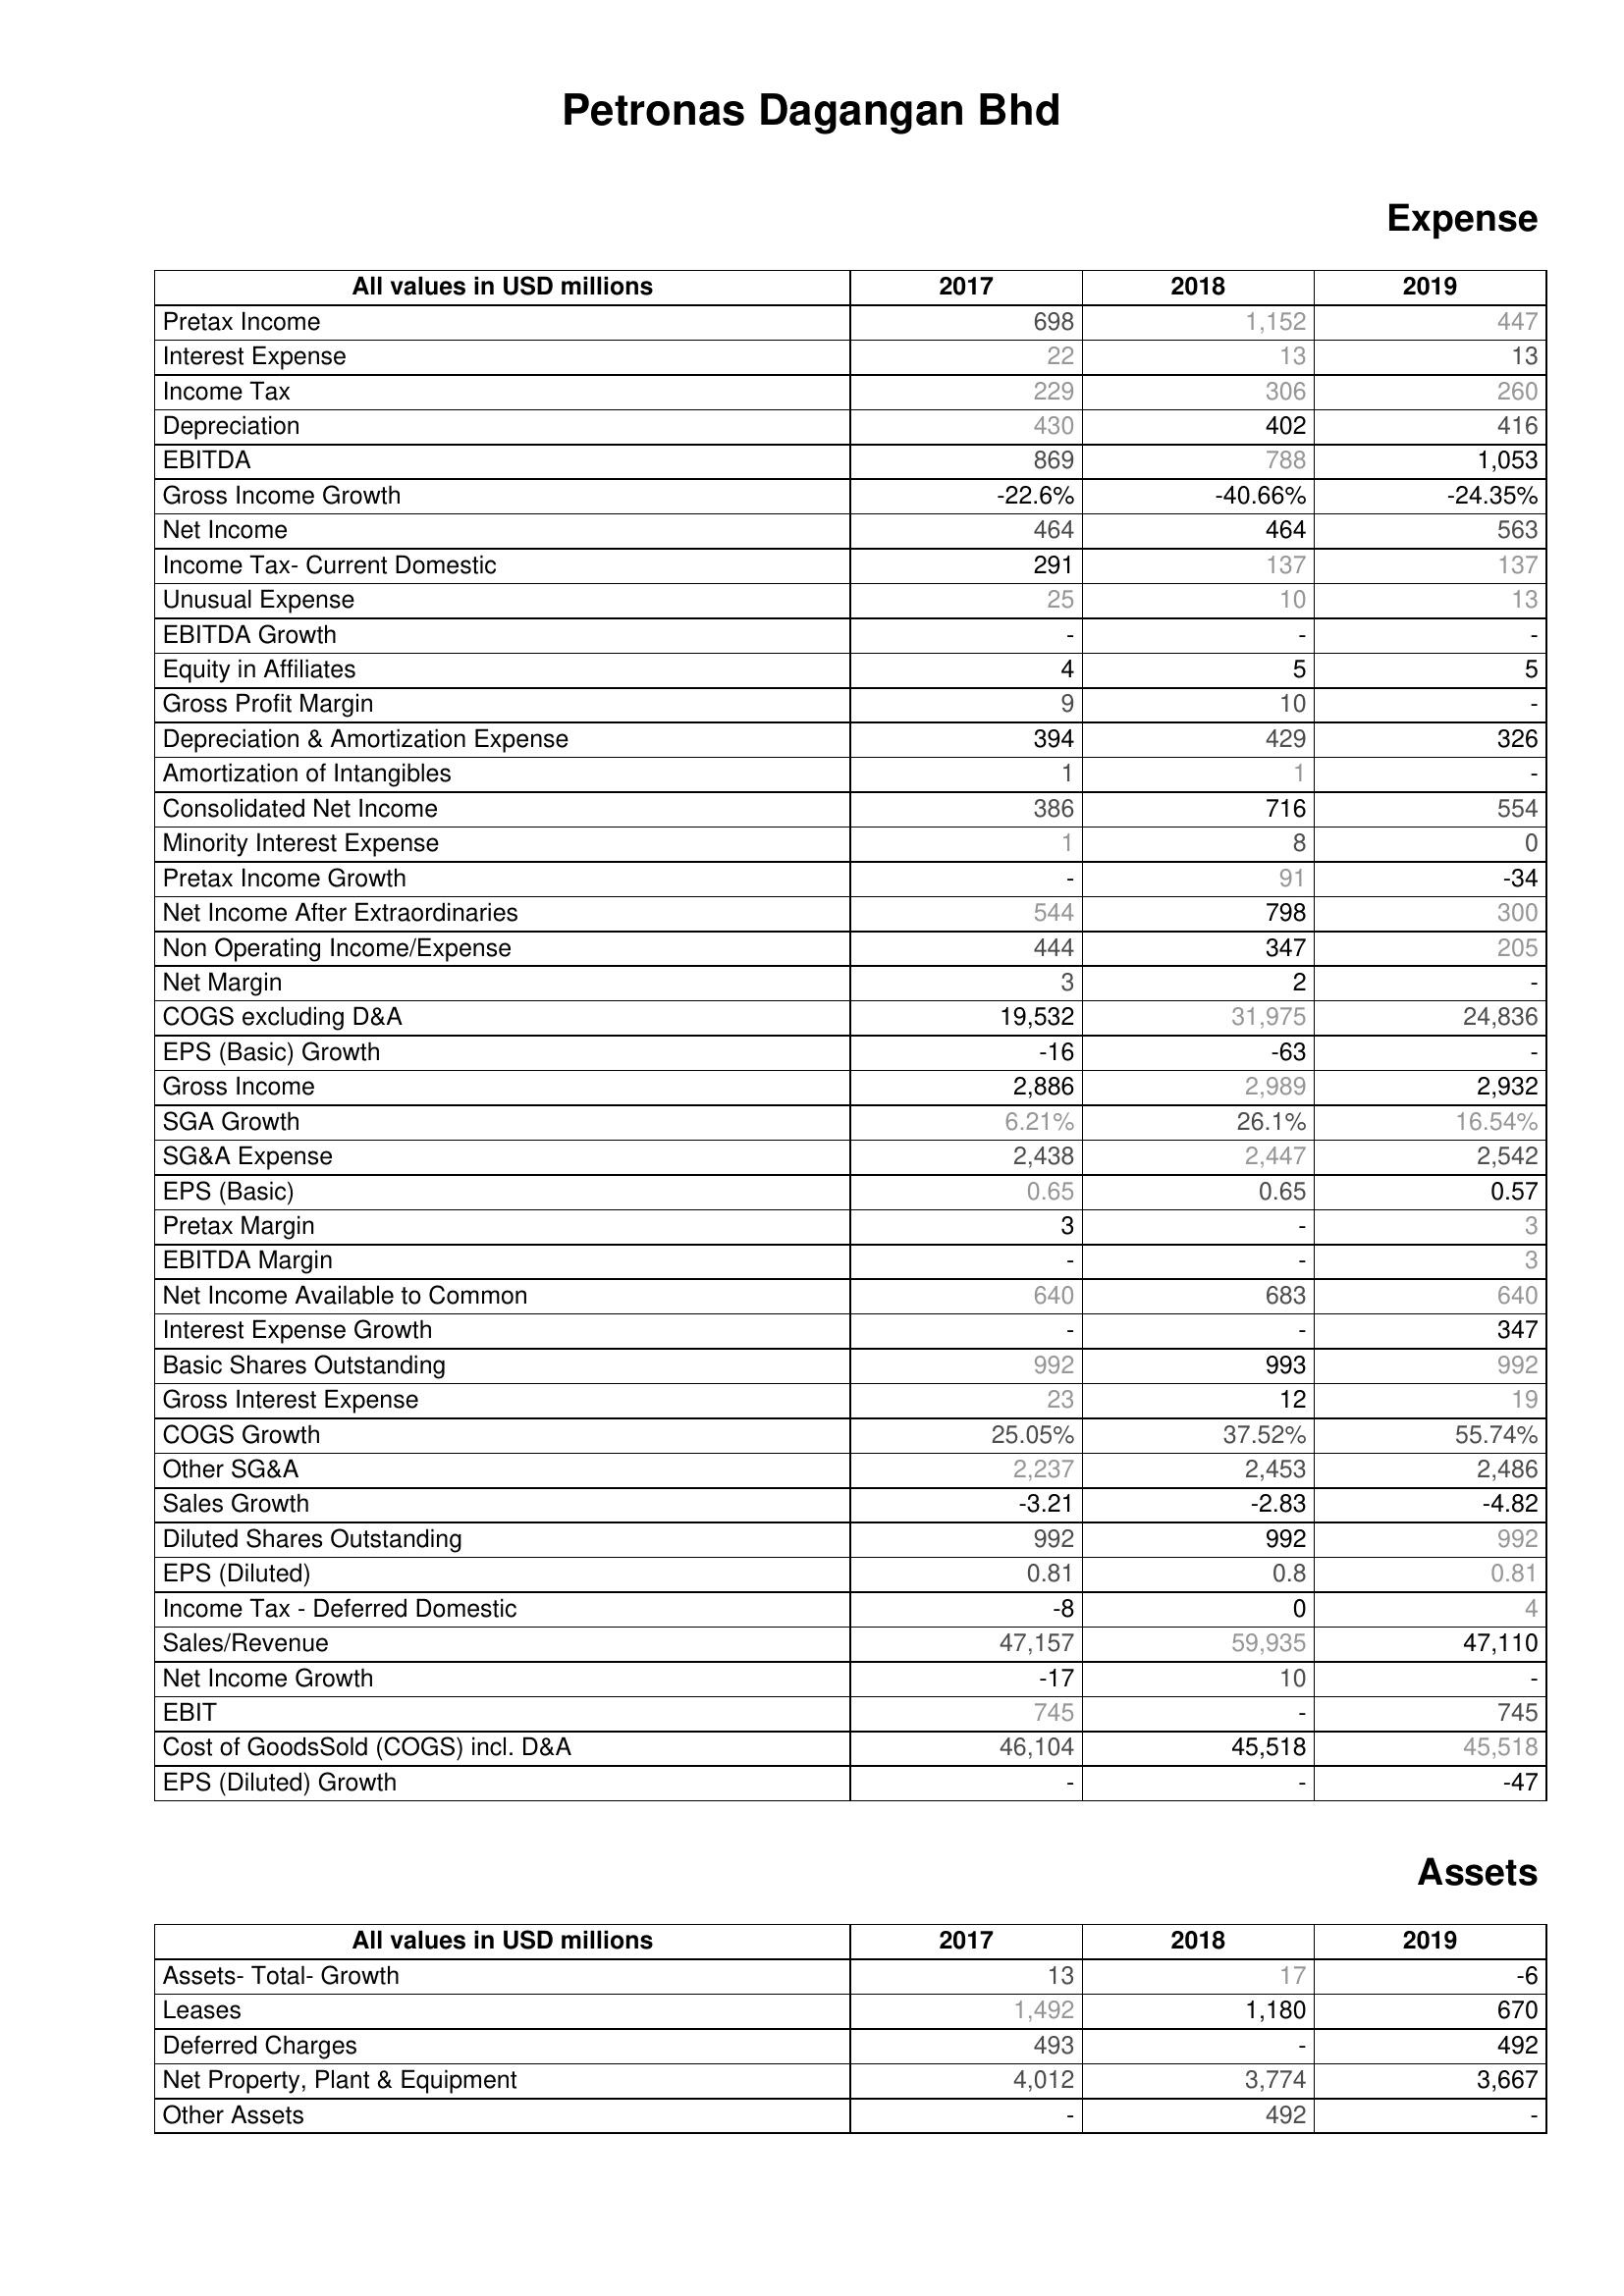
2017: Expense: Pretax Income: 698
Interest Expense: 22
Income Tax: 229
Depreciation: 430
EBITDA: 869
Gross Income Growth: -22.6%
Net Income: 464
Income Tax- Current Domestic: 291
Unusual Expense: 25
EBITDA Growth: -
Equity in Affiliates: 4
Gross Profit Margin: 9
Depreciation & Amortization Expense: 394
Amortization of Intangibles: 1
Consolidated Net Income: 386
Minority Interest Expense: 1
Pretax Income Growth: -
Net Income After Extraordinaries: 544
Non Operating Income/Expense: 444
Net Margin: 3
COGS excluding D&A: 19,532
EPS (Basic) Growth: -16
Gross Income: 2,886
SGA Growth: 6.21%
SG&A Expense: 2,438
EPS (Basic): 0.65
Pretax Margin: 3
EBITDA Margin: -
Net Income Available to Common: 640
Interest Expense Growth: -
Basic Shares Outstanding: 992
Gross Interest Expense: 23
COGS Growth: 25.05%
Other SG&A: 2,237
Sales Growth: -3.21
Diluted Shares Outstanding: 992
EPS (Diluted): 0.81
Income Tax - Deferred Domestic: -8
Sales/Revenue: 47,157
Net Income Growth: -17
EBIT: 745
Cost of GoodsSold (COGS) incl. D&A: 46,104
EPS (Diluted) Growth: -
Assets: Assets- Total- Growth: 13
Leases: 1,492
Deferred Charges: 493
Net Property, Plant & Equipment: 4,012
Other Assets: -
2018: Expense: Pretax Income: 1,152
Interest Expense: 13
Income Tax: 306
Depreciation: 402
EBITDA: 788
Gross Income Growth: -40.66%
Net Income: 464
Income Tax- Current Domestic: 137
Unusual Expense: 10
EBITDA Growth: -
Equity in Affiliates: 5
Gross Profit Margin: 10
Depreciation & Amortization Expense: 429
Amortization of Intangibles: 1
Consolidated Net Income: 716
Minority Interest Expense: 8
Pretax Income Growth: 91
Net Income After Extraordinaries: 798
Non Operating Income/Expense: 347
Net Margin: 2
COGS excluding D&A: 31,975
EPS (Basic) Growth: -63
Gross Income: 2,989
SGA Growth: 26.1%
SG&A Expense: 2,447
EPS (Basic): 0.65
Pretax Margin: -
EBITDA Margin: -
Net Income Available to Common: 683
Interest Expense Growth: -
Basic Shares Outstanding: 993
Gross Interest Expense: 12
COGS Growth: 37.52%
Other SG&A: 2,453
Sales Growth: -2.83
Diluted Shares Outstanding: 992
EPS (Diluted): 0.8
Income Tax - Deferred Domestic: 0
Sales/Revenue: 59,935
Net Income Growth: 10
EBIT: -
Cost of GoodsSold (COGS) incl. D&A: 45,518
EPS (Diluted) Growth: -
Assets: Assets- Total- Growth: 17
Leases: 1,180
Deferred Charges: -
Net Property, Plant & Equipment: 3,774
Other Assets: 492
2019: Expense: Pretax Income: 447
Interest Expense: 13
Income Tax: 260
Depreciation: 416
EBITDA: 1,053
Gross Income Growth: -24.35%
Net Income: 563
Income Tax- Current Domestic: 137
Unusual Expense: 13
EBITDA Growth: -
Equity in Affiliates: 5
Gross Profit Margin: -
Depreciation & Amortization Expense: 326
Amortization of Intangibles: -
Consolidated Net Income: 554
Minority Interest Expense: 0
Pretax Income Growth: -34
Net Income After Extraordinaries: 300
Non Operating Income/Expense: 205
Net Margin: -
COGS excluding D&A: 24,836
EPS (Basic) Growth: -
Gross Income: 2,932
SGA Growth: 16.54%
SG&A Expense: 2,542
EPS (Basic): 0.57
Pretax Margin: 3
EBITDA Margin: 3
Net Income Available to Common: 640
Interest Expense Growth: 347
Basic Shares Outstanding: 992
Gross Interest Expense: 19
COGS Growth: 55.74%
Other SG&A: 2,486
Sales Growth: -4.82
Diluted Shares Outstanding: 992
EPS (Diluted): 0.81
Income Tax - Deferred Domestic: 4
Sales/Revenue: 47,110
Net Income Growth: -
EBIT: 745
Cost of GoodsSold (COGS) incl. D&A: 45,518
EPS (Diluted) Growth: -47
Assets: Assets- Total- Growth: -6
Leases: 670
Deferred Charges: 492
Net Property, Plant & Equipment: 3,667
Other Assets: -